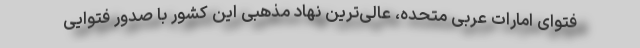
فتوای امارات عربی متحده، عالی‌ترین نهاد مذهبی این کشور با صدور فتوایی